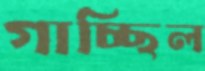
গাচ্ছিল